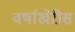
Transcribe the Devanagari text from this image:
वर्षाखेरीस